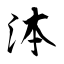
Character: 泍